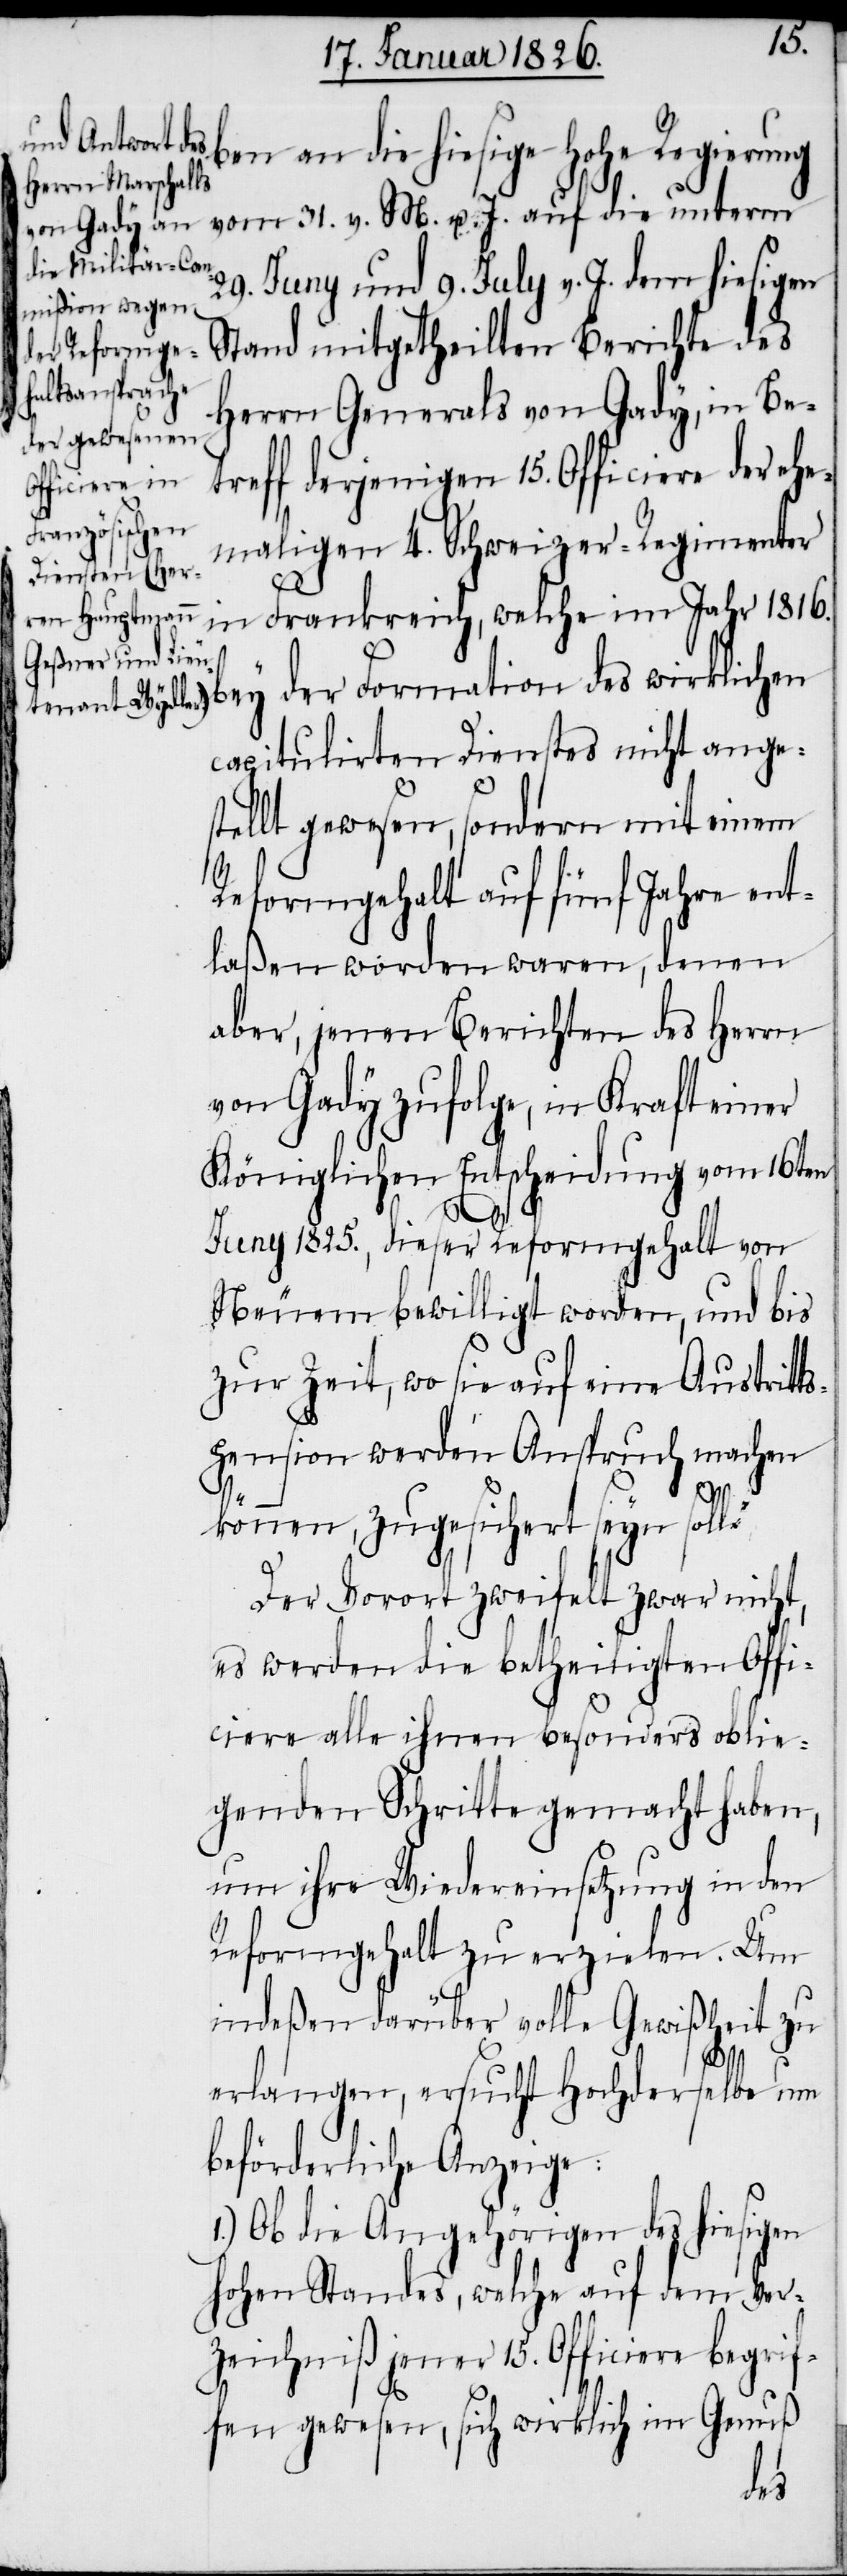
hohe Regierung vom 31. v. M. u. J. auf die unterm
29. Juny und 9. July v. J. dem hiesigen
Stand mitgetheilten Berichte des
Herrn Generals von Gady, in Be¬
treff derjenigen 15. Officiere der ehe¬
maligen 4. Schweizer-Regimenter
in Frankreich, welche im Jahr 1816.
capitulirten Dienstes nicht anges¬
tellt gewesen, sondern mit einem
Reformgehalt auf fünf Jahre ent¬
laßen worden waren, denen
aber, jenen Berichten des Herrn
von Gady zufolge, in Kraft einer
Königlichen Entscheidung vom 16ten
Juny 1825., dieser Reformgehalt von
Neuem bewilligt worden, und bis
zur Zeit, wo sie auf eine Austritt¬
spension werden Anspruch machen
rif¬
können, zugesichert seyn solle.
Der Vorort zweifelt zwar nicht,
es werden die betheiligten Offi¬
ciere alle ihnen besonders oblie¬
genden Schritte gemacht haben,
um ihre Wiedereinsetzung in den
Reformgehalt zu erzielen. Um
indeßen darüber volle Gewißheit zu
erlangen, ersucht Hochderselbe um
beförderliche Anzeige:
1.) Ob die Angehörigen des hiesigen
hohen Standes, welche auf dem Ver¬
zeichniß jener 15. Officiere beg¬
fen gewesen, sich wirklich im Genuß
des